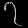
Digit: ၇